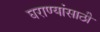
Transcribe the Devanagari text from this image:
घराण्यांसाठी